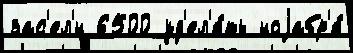
зас'ел'́н 6500 уд'ел'я́ть ноjабр'я́